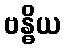
ဗန္ဓိယ